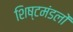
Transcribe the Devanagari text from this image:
शिष्टमंडलों